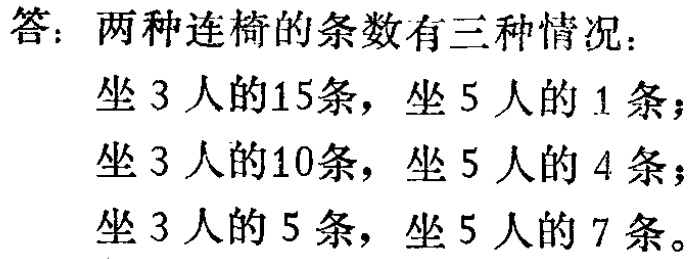
答：两种连椅的条数有三种情况：

坐3人的15条，坐5人的1条；

坐3人的10条，坐5人的4条；

坐3人的5条，坐5人的7条。